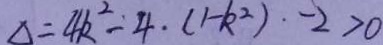
\Delta = 4 k ^ { 2 } - 4 \cdot ( 1 - k ^ { 2 } ) \cdot - 2 > 0